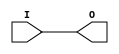
// $Header: /devl/xcs/repo/env/Databases/CAEInterfaces/verunilibs/data/unisims/IBUFG_HSTL_II_DCI.v,v 1.6 2007/05/23 21:43:34 patrickp Exp $
///////////////////////////////////////////////////////////////////////////////
// Copyright (c) 1995/2004 Xilinx, Inc.
// All Right Reserved.
///////////////////////////////////////////////////////////////////////////////
//   ____  ____
//  /   /\/   /
// /___/  \  /    Vendor : Xilinx
// \   \   \/     Version : 10.1
//  \   \         Description : Xilinx Functional Simulation Library Component
//  /   /                  Input Clock Buffer with HSTL_II_DCI I/O Standard
// /___/   /\     Filename : IBUFG_HSTL_II_DCI.v
// \   \  /  \    Timestamp : Thu Mar 25 16:42:27 PST 2004
//  \___\/\___\
//
// Revision:
//    03/23/04 - Initial version.
//    05/23/07 - Changed timescale to 1 ps / 1 ps.

`timescale  1 ps / 1 ps


module IBUFG_HSTL_II_DCI (O, I);

    output O;

    input  I;

	buf B1 (O, I);


endmodule